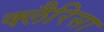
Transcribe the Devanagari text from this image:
क्लैरिसा